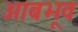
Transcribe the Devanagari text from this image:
आबभूव